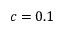
c = 0 . 1